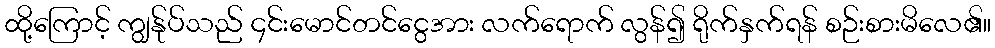
ထို့ကြောင့် ကျွန်ုပ်သည် ၄င်းမောင်တင်ငွေအား လက်ရောက် လွန်၍ ရိုက်နှက်ရန် စဉ်းစားမိလေ၏။